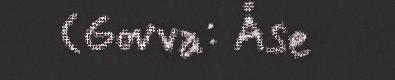
(Govva: Åse